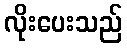
လိုးပေးသည်